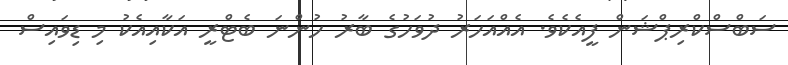
ސަބްސްކްރިޕްޝަން ފީއެކެވެ. އެއްއަހަރު ދުވަހުގެ ބާރު ހުންނަ ބެޓްރީ އަކާއިއެކު މި ޑިވައިސް